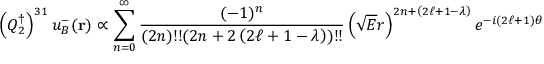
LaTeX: \left( Q _ { 2 } ^ { \dagger } \right) ^ { 3 1 } u _ { B } ^ { - } ( { \bf r } ) \propto \sum _ { n = 0 } ^ { \infty } { \frac { ( - 1 ) ^ { n } } { ( 2 n ) ! ! ( 2 n + 2 \left( 2 \ell + 1 - \lambda \right) ) ! ! } } \left( \sqrt { E } r \right) ^ { 2 n + \left( 2 \ell + 1 - \lambda \right) } e ^ { - i \left( 2 \ell + 1 \right) \theta }